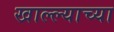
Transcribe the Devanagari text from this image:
खाल्ल्याच्या